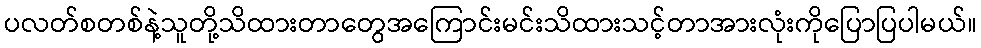
ပလတ်စတစ်နဲ့သူတို့သိထားတာတွေအကြောင်းမင်းသိထားသင့်တာအားလုံးကိုပြောပြပါမယ်။